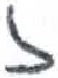
אות: ז